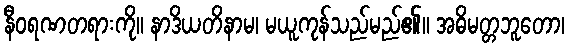
နီဝရဏတရားကို။ နာဒိယတိနာမ၊ မယူကုန်သည်မည်၏။ အဓိမတ္တဘူတော၊